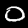
Digit: 0